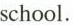
school.